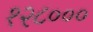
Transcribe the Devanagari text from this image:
१२८०००